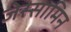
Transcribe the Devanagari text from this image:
जेस्सामिन